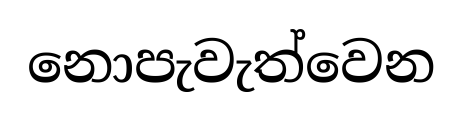
නොපැවැත්වෙන